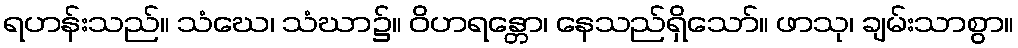
ရဟန်းသည်။ သံဃေ၊ သံဃာ၌။ ဝိဟရန္တော၊ နေသည်ရှိသော်။ ဖာသု၊ ချမ်းသာစွာ။